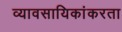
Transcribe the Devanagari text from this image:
व्यावसायिकांकरता